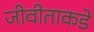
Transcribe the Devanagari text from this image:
जीवीताकडे